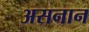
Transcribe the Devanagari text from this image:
असनान